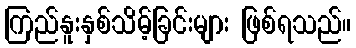
ကြည်နူးနှစ်သိမ့်ခြင်းများ ဖြစ်ရသည်။